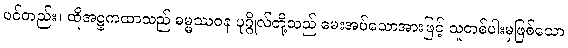
ပင်တည်း။ ထိုအဋ္ဌကထာသည် ဓမ္မဿဝန ပုဂ္ဂိုလ်တို့သည် မေးအပ်သောအားဖြင့် သူတစ်ပါးမှဖြစ်သော